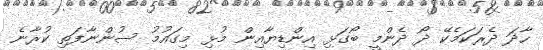
ހާދަ ދެރަކަމެކޭ ދޯ ދެންމީ ބޯގަޅި އިންޑިޔާއިން މުޅި މިގައުމު ސުންނާފަތި ކުރާނެ